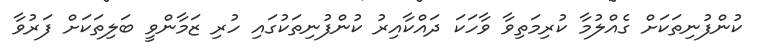
ކުންފުނިތަކަށް ގެއްލުމާ ކުރިމަތިވާ ވާހަކަ ދައްކާއިރު ކުންފުނިތަކުގައި ހުރި ޒަމާންވީ ބަލިތަކަށް ފަރުވާ